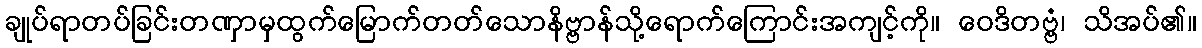
ချုပ်ရာတပ်ခြင်းတဏှာမှထွက်မြောက်တတ်သောနိဗ္ဗာန်သို့ရောက်ကြောင်းအကျင့်ကို။ ဝေဒိတဗ္ဗံ၊ သိအပ်၏။